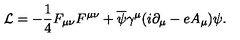
{ \cal L } = - { \frac { 1 } { 4 } } F _ { \mu \nu } F ^ { \mu \nu } + { \overline { { \psi } } } \gamma ^ { \mu } ( i \partial _ { \mu } - e A _ { \mu } ) \psi .